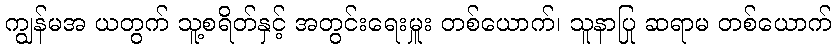
ကျွန်မအ ယတွက် သူ့စရိတ်နှင့် အတွင်းရေးမှူး တစ်ယောက်၊ သူနာပြု ဆရာမ တစ်ယောက်